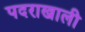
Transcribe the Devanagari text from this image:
पदराखाली